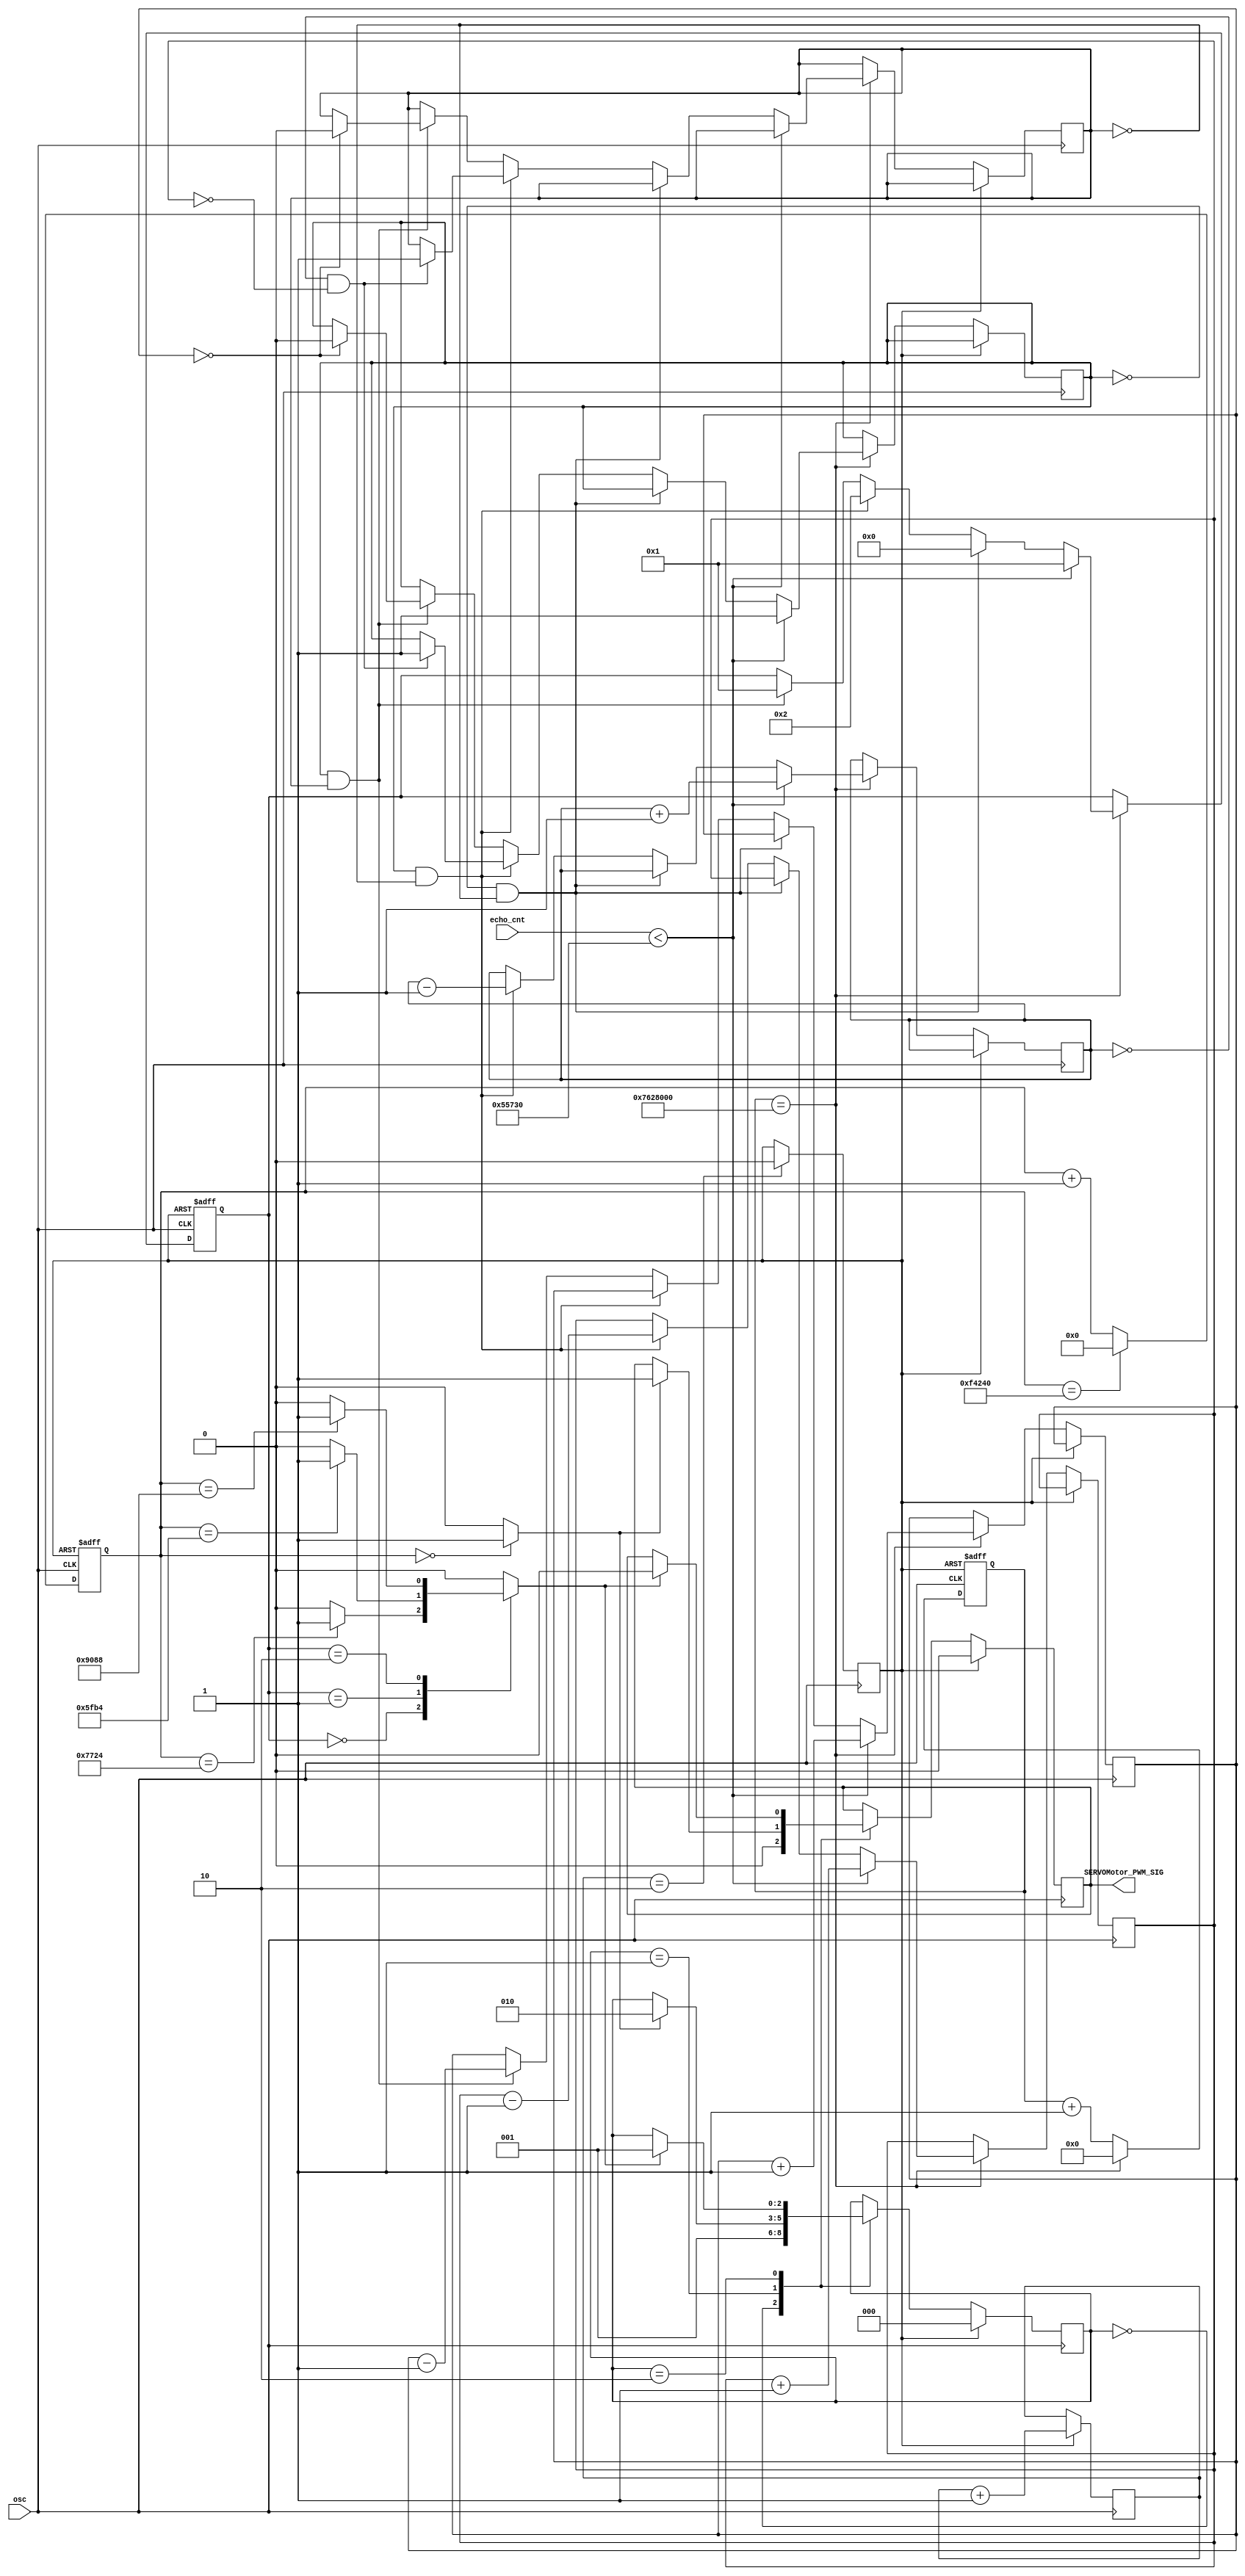
module servomotor(
	input osc,
	input [31:0]echo_cnt,
	output reg SERVOMotor_PWM_SIG
    );
reg [3:0]state2=0;
reg [31:0] cnt = 0;
reg [31:0] cnt2 = 0;
reg [31:0] cnt3 = 0;
reg [31:0] cnt4 = 0;
reg [27:0] cnt_time = 0;
reg h1 = 0;
reg h2 = 0;
wire stop_flag;
wire ontime_tick;
reg offtime_tick;
reg [1:0]reset_cnt = 0;
reg reset = 1'b1;
parameter T0 = 0, T1 = 1, T2 = 2;
parameter S0 = 0, S1 = 1, S2 = 2;
always@(posedge osc)
begin
	if(reset==1'b1)
	begin
	reset_cnt <= reset_cnt + 1'b1;
	end 
   if(reset_cnt==2)
	begin
	reset <= 1'b0;
	end
end 

always@(posedge osc or posedge reset)
begin
	if(reset == 1'b1)
	begin
		cnt_time <= 32'd0;
		state2 <= T0;
	end
	else if(cnt_time == 28'd25000000000000000) //20ms 
	begin
		cnt_time <= 28'd0;
			if(echo_cnt<32'd350000)
			begin
			state2<=T1;
		 
			cnt2 <= cnt2 + 1'b1;
			cnt3 <= cnt3 + 1'b1;
			cnt4 <= cnt4 + 1'b1;
			h1<=1;
			end
			else  //echo cnt >>>>
				begin
				if(h1==0&&h2==0)
					begin
					state2<=T0;
					end
				else if(h1==1&&h2==0)
					begin
					state2<=T2;
					cnt2<= cnt2 - 1'b1;
					cnt3 <= cnt3 - 1'b1;
						if(cnt2==0&&cnt3==0)
							begin
							h1<=1;
							h2<=1;
							end
					end
				else if(h1==1&&h2==1)
					begin
					state2<=T1;
					cnt4<= cnt4 - 1'b1;
						if(cnt4==0)
							begin
							h1<=0;
							h2<=0;
							end		
					end
				end
	end 
	else cnt_time <= cnt_time + 1'b1;
end 



always@(posedge osc or posedge reset)
begin
	if(reset == 1'b1)
	begin
		cnt <= 32'd0;
	end
	else if(cnt == 32'd1000000) //20ms 
	begin
		cnt <= 32'd0; 
	end 
	else cnt <= cnt + 1'b1;
end 



assign ontime_tick = (cnt == 32'd0)? 1'b1:1'b0;
//assign offtime_tick = (cnt == 32'd100000)? 1'b1:1'b0;
always@(*)
begin
	case(state2)
	T0:
	begin
		if(cnt == 32'd30500) //2.3ms     default  12
		begin
			offtime_tick = 1;
		end 
		else offtime_tick = 0;
	end
	T1:
	begin
		if(cnt == 32'd24500)//0.65ms  32500  Ⱒ   5
		begin
			offtime_tick = 1;
		end 
		else offtime_tick = 0;
	end
	T2:
	begin
		if(cnt == 32'd37000)//
		begin
			offtime_tick = 1;
		end 
		else offtime_tick = 0;
	end
	
	
	default offtime_tick = 0;
	endcase

end 

reg[2:0]state=0;
always@(posedge osc)
begin
if(reset)
begin
	SERVOMotor_PWM_SIG <= 1'b0;
	state <= 3'd0;
end
else 
begin
	case(state)
	S0:begin
			 SERVOMotor_PWM_SIG <= 1'b0;
			 state <= S1;
	end 
	S1:
	begin 
			if(ontime_tick)
			begin
				SERVOMotor_PWM_SIG <= 1'b1;
				state <= S2;
			end 
	end 
	S2: begin
			if(offtime_tick)
				
			begin
				SERVOMotor_PWM_SIG <= 1'b0;
				state <= S1;
			end 
	end 
	endcase
end 
end 





endmodule